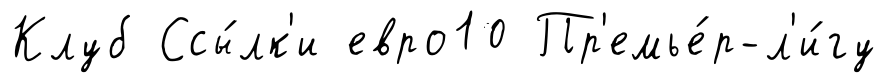
Клуб Ссы́лк'и евро10 Пр'емье́р-л'и́гу